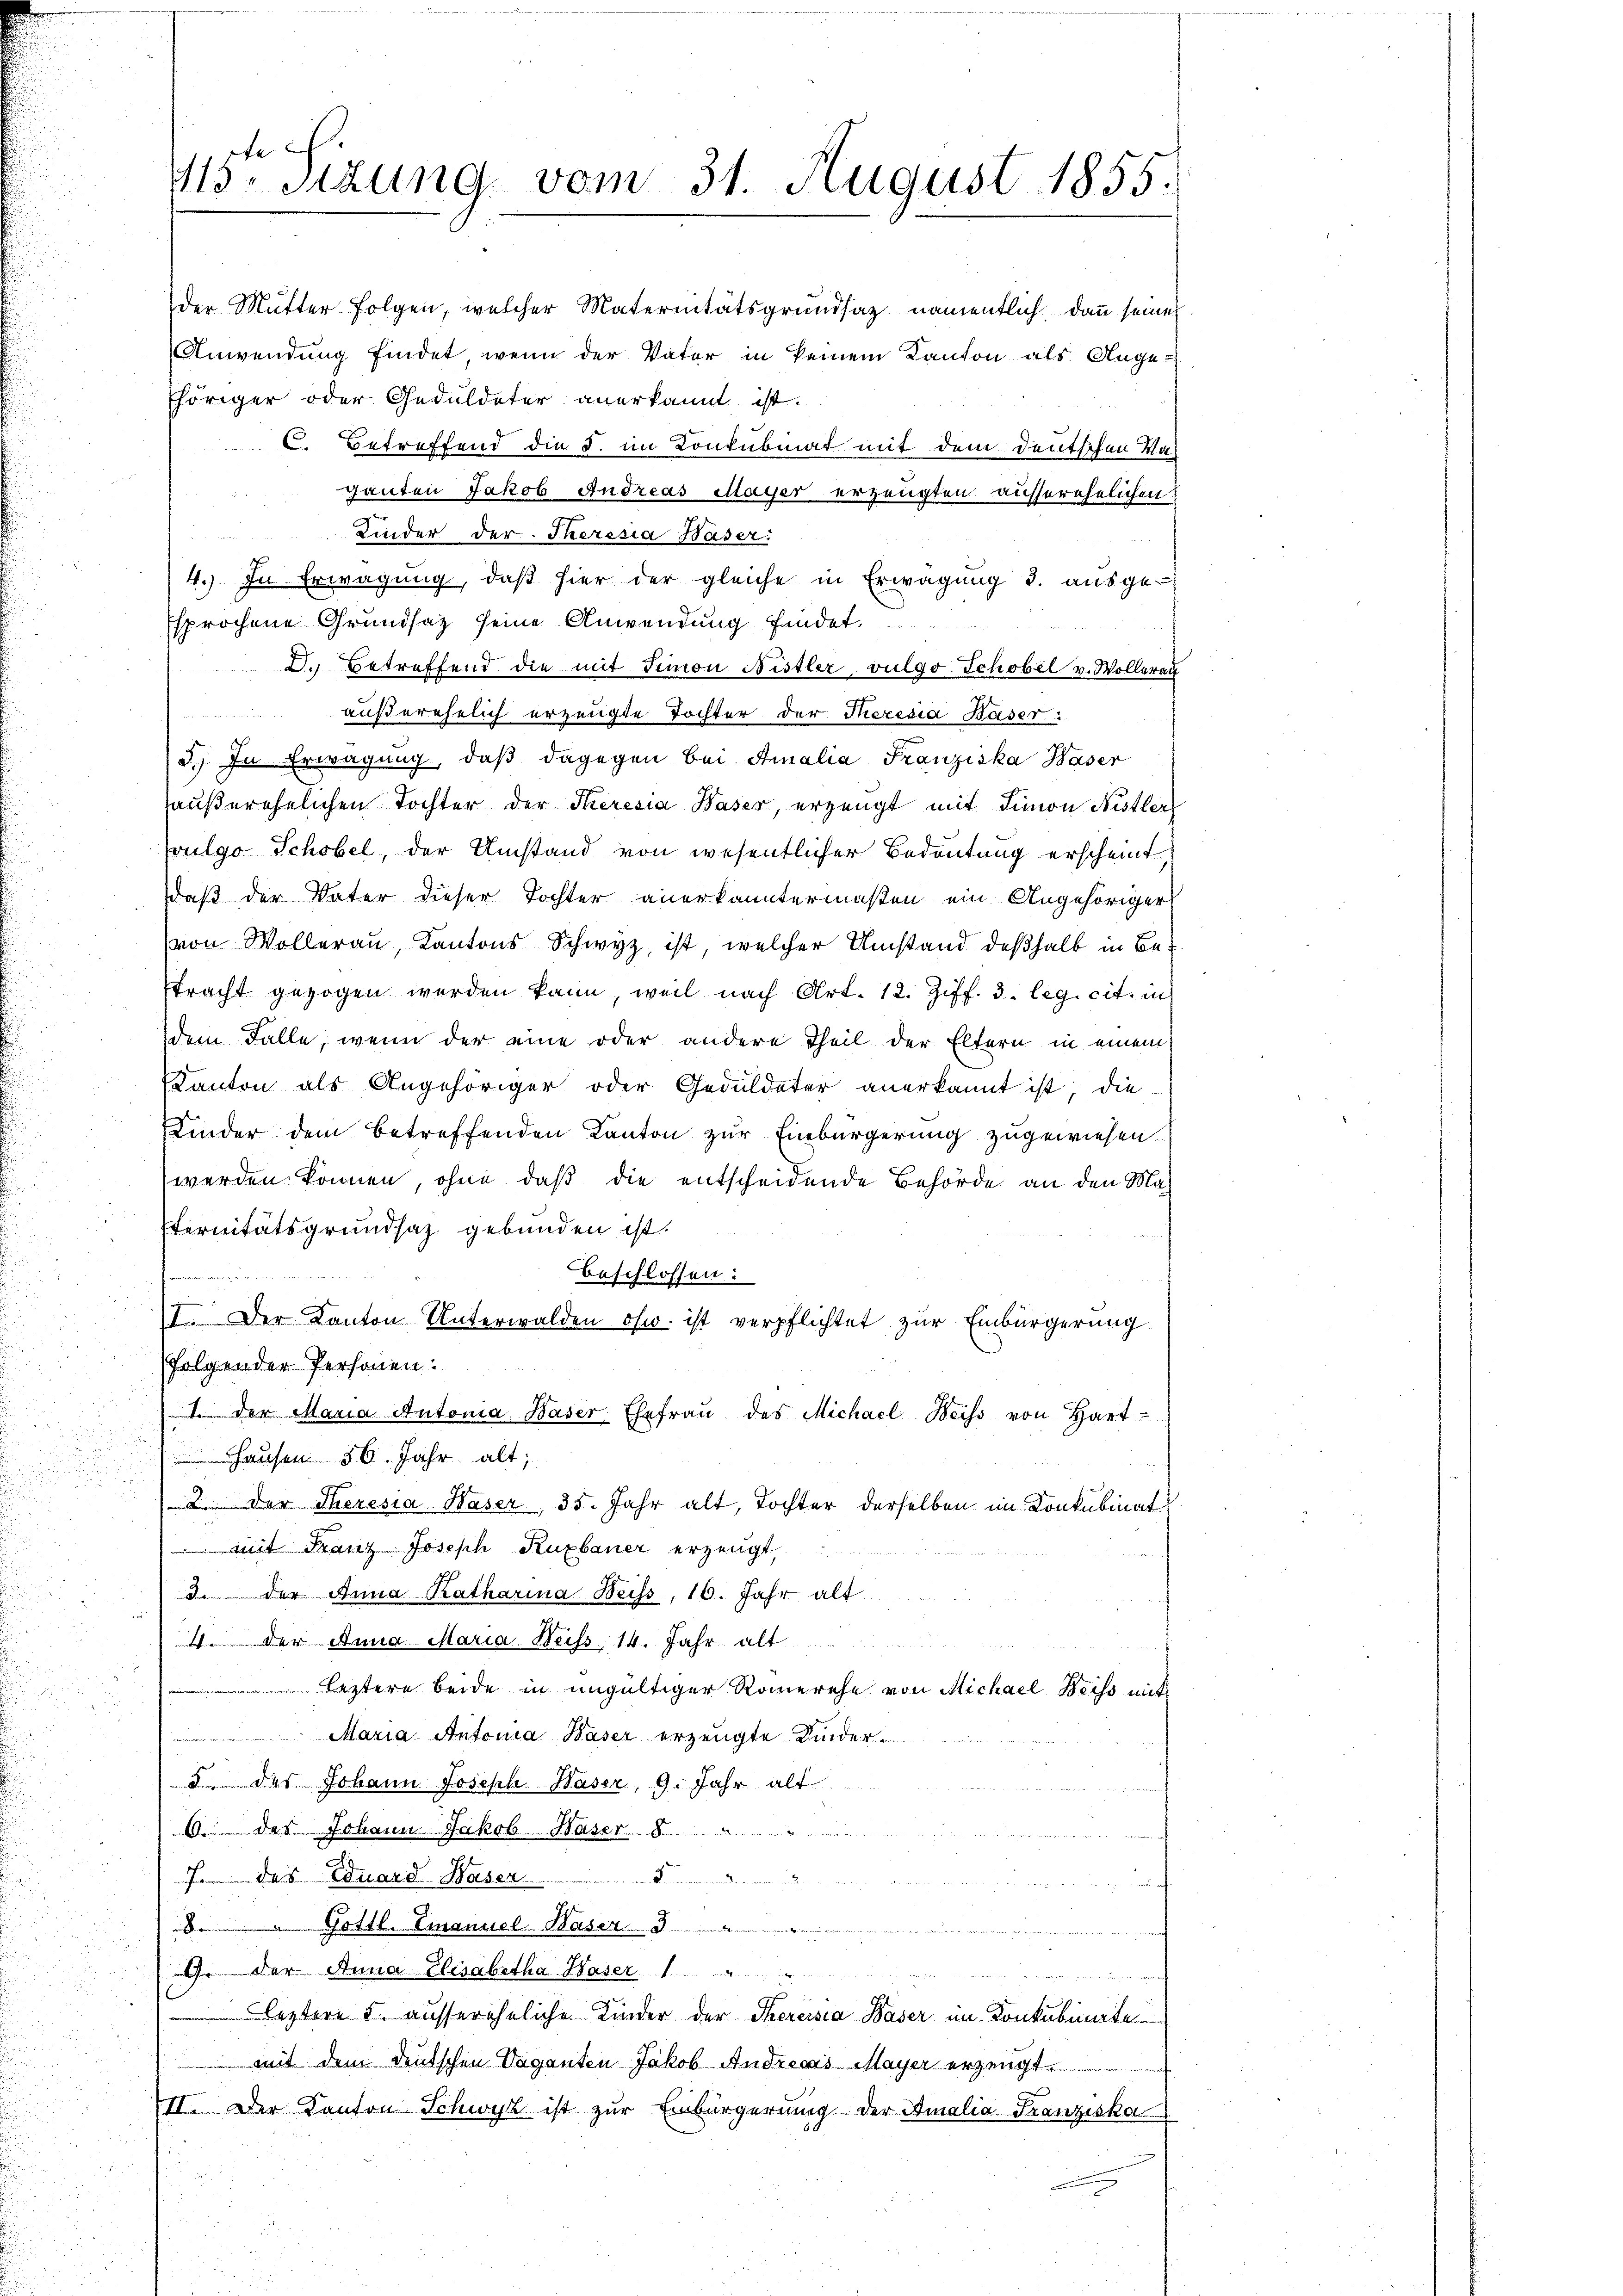
¬
n

.

4.) In Erwägung, daß hier der gleiche in Erwägung 3. ausge-
sprochene Grundsatz seine Anwendung findet.
D. Betreffend die mit Simon Nistler, vulgo Schobel v. Wollerau
außerehelich erzeugte Tochter der Theresia Baser
3.) In Erwägung, daß dagegen bei Amalia Franziska Waser
haußerehelichen Tochter der Theresia Baser, erzeugt mit Simon Nistler
vulgo Schöbel, der Umstand von wesentlicher Bedeutung erscheint
daß der Vater dieser Tochter anerkanntermaßen ein Angehöriger
von Wollerau, Kantons Schwyz, ist, welcher Umstand deßhalb in Betracht gezogen werden kann, weil nach Art. 12. Ziff. 3. leg. cit. in
dem Falle, wenn der eine oder andere Theil der Eltern in einem
Kanton als Angehöriger oder Geduldeter anerkannt ist; die
Kinder dem betreffenden Kanton zur Einbürgerung zugewiesen.
werden können, ohne daß die entscheidende Behörde an den Ma-
Eternitätsgrundsaz gebunden ist.
.
beschlossen:
II. Der Kanton Unterwalden ohw. ist verpflichtet zur Einbürgerung
folgender Personen:
t der Maria Autonia Baser Ehefraŭ des Michael Beiss von Hart-
 Hausen 56. Jahr alt;
2. Der Theresia Kaser, 35. Jahr alt, Tochter derselben im Konkubinat
 mit Franz Joseph Kuxbauer erzeugt.
3. der Anna Katharina Beiss, 16. Jahr alt
4. der Anna Maria- Weiss 14. Jahr alt
leztere beide in ungültiger Römerehe von Michael Beiss mit
Maria Antonia Baser erzeugte Kinder-
5 des Johann Joseph. Waser, 9. Jahr alt
1. das Johann Jakob.  ..   Waser . . . . . . . .
in Kommenen d.
f. des Eduard-Waser
8 Gottl. Emanuel-Basen . . . . . . . .
G. der Anna Elisabetha Waser
leztere 5. aussereheliche Kinder der Theresia Baser im Konkubinate
mit dem deutschen Vaganten Jakob Andreas Mayer erzeugt.
III. Der Kanton Schwyz ist zur Einbürgerung der Amalia Franziska

115ten Sizung vom 31. August 1855.

f
der Mutter Folgen, welcher Maternitätsgrundsatz namentlich, dann seines
Anwendung findet, wenn der Vater in keinem Kanton als Angethöriger oder Geduldeter anerkannt ist.
C. Betreffend die §. im Konkubinat mit dem deutschen Ma-
Tanten Jakob Andreas Mayer erzeugten ausserehelichen:
Kinder der Theresia Baser